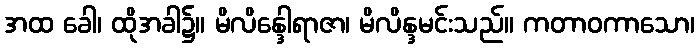
အထ ခေါ၊ ထိုအခါ၌။ မိလိန္ဒေါရာဇာ၊ မိလိန္ဒမင်းသည်။ ကတာဝကာသော၊